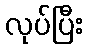
လုပ်ပြီး